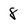
Character: 8